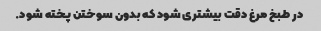
در طبخ مرغ دقت بیشتری شود که بدون سوختن پخته شود.